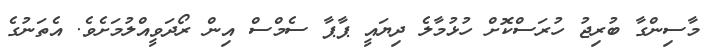
މާސިންގާ ބުރިޖު ހުރަސްކޮށް ހުޅުމާލެ ދިޔައީ ޕާޕާ ސެމްސް އިން ރޯދަވީއްލުމަށެވެ. އެތަނުގެ